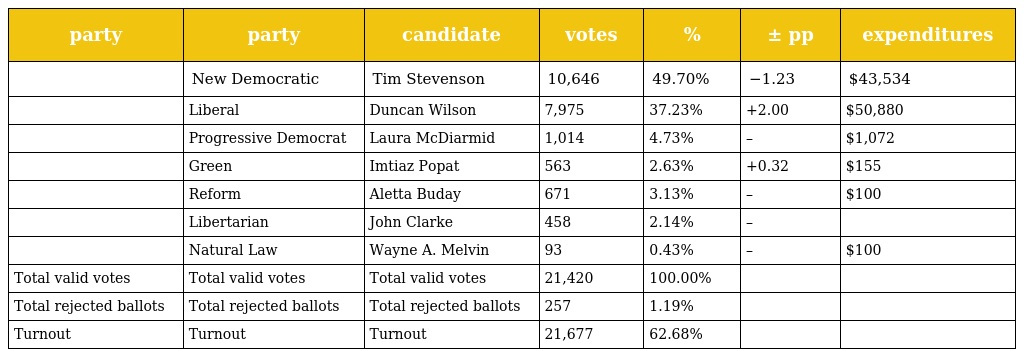
| party | party | candidate | votes | % | ± pp | expenditures |
 | --- | --- | --- | --- | --- | --- | --- |
 |  | New Democratic | Tim Stevenson | 10,646 | 49.70% | −1.23 | $43,534 |
 |  | Liberal | Duncan Wilson | 7,975 | 37.23% | +2.00 | $50,880 |
 |  | Progressive Democrat | Laura McDiarmid | 1,014 | 4.73% | – | $1,072 |
 |  | Green | Imtiaz Popat | 563 | 2.63% | +0.32 | $155 |
 |  | Reform | Aletta Buday | 671 | 3.13% | – | $100 |
 |  | Libertarian | John Clarke | 458 | 2.14% | – |  |
 |  | Natural Law | Wayne A. Melvin | 93 | 0.43% | – | $100 |
 | Total valid votes | Total valid votes | Total valid votes | 21,420 | 100.00% |  |  |
 | Total rejected ballots | Total rejected ballots | Total rejected ballots | 257 | 1.19% |  |  |
 | Turnout | Turnout | Turnout | 21,677 | 62.68% |  |  |